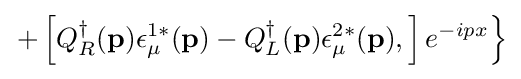
\left.+\left[Q_{R}^{\dagger }(\mathbf {p} )\epsilon _{\mu }^{1*}(\mathbf {p} )-Q_{L}^{\dagger }(\mathbf {p} )\epsilon _{\mu }^{2*}(\mathbf {p} ),\right]e^{-ipx}\right\}